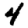
Digit: 4